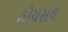
હોયસલ